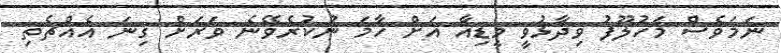
ނަމަވެސް މަހުލޫފު ވިދާޅުވީ މީޑިއާ އަށް ހާމަ ނުކުރެވޭނެ ވަރަށް ގިނަ އެއްޗެތި